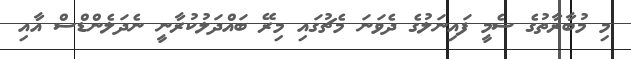
މި މުބާރާތުގެ ސެމީ ފައިނަލުގެ ދެވަނަ މެޗުގައި މިރޭ ބައްދަލުކުރާނީ ނެދަލެންޑްސް އާއި